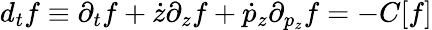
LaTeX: d_{t}f\equiv\partial_{t}f+{\dot{z}}\partial_{z}f+{\dot{p}_{z}}\partial_{p_{z}}f=-C[f]